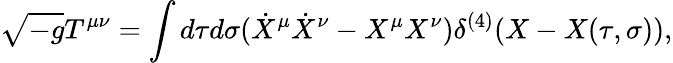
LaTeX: \sqrt{-g}T^{\mu\nu}=\int d\tau d\sigma(\dot{X}^{\mu}\dot{X}^{\nu}-X^{\mu}X^{\nu})\delta^{(4)}(X-X(\tau,\sigma)),